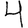
Digit: 4